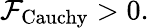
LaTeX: {\cal F}_{\mathrm{Cauchy}}>0.